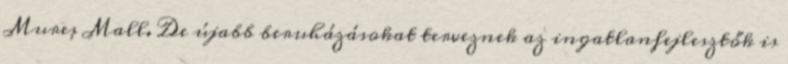
Mureș Mall. De újabb beruházásokat terveznek az ingatlanfejlesztők is